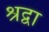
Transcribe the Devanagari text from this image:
श्रद्वा